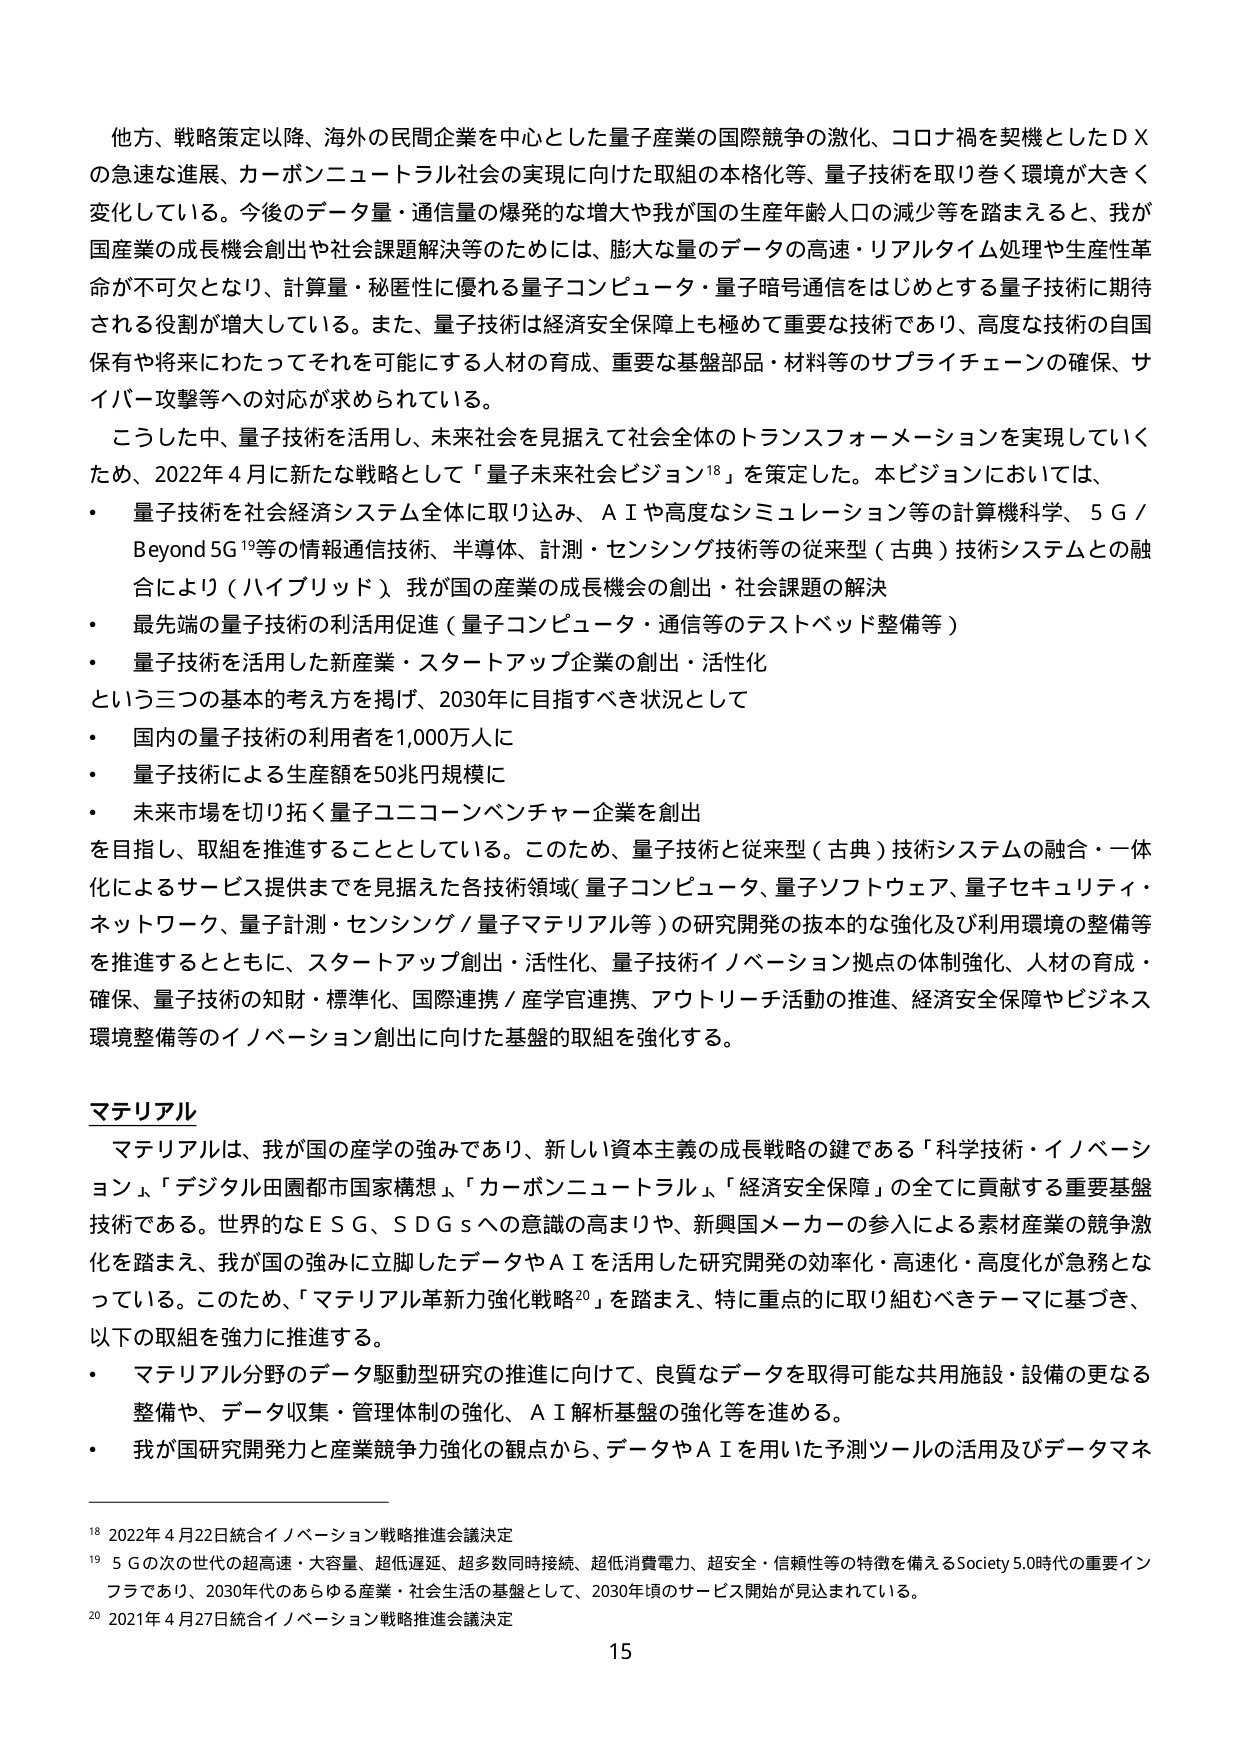
他方、戦略策定以降、海外の民間企業を中心とした量子産業の国際競争の激化、コロナ禍を契機としたＤＸの急速な進展、カーボンニュートラル社会の実現に向けた取組の本格化等、量子技術を取り巻く環境が大きく変化している。今後のデータ量・通信量の爆発的な増大や我が国の生産年齢人口の減少等を踏まえると、我が国産業の成長機会創出や社会課題解決等のためには、膨大な量のデータの高速・リアルタイム処理や生産性革命が不可欠となり、計算量・秘匿性に優れる量子コンピュータ・量子暗号通信をはじめとする量子技術に期待される役割が増大している。また、量子技術は経済安全保障上も極めて重要な技術であり、高度な技術の自国保有や将来にわたってそれを可能にする人材の育成、重要な基盤部品・材料等のサプライチェーンの確保、サイバー攻撃等への対応が求められている。

こうした中、量子技術を活用し、未来社会を見据えて社会全体のトランスフォーメーションを実現していくため、2022年4月に新たな戦略として「量子未来社会ビジョン¹⁸」を策定した。本ビジョンにおいては、
・　量子技術を社会経済システム全体に取り込み、ＡＩや高度なシミュレーション等の計算機科学、５Ｇ／Beyond 5G¹⁹等の情報通信技術、半導体、計測・センシング技術等の従来型（古典）技術システムとの融合により（ハイブリッド）、我が国の産業の成長機会の創出・社会課題の解決
・　最先端の量子技術の利活用促進（量子コンピュータ・通信等のテストベッド整備等）
・　量子技術を活用した新産業・スタートアップ企業の創出・活性化
という三つの基本的考え方を掲げ、2030年に目指すべき状況として
・　国内の量子技術の利用者を1,000万人に
・　量子技術による生産額を50兆円規模に
・　未来市場を切り拓く量子ユニコーンベンチャー企業を創出
を目指し、取組を推進することとしている。このため、量子技術と従来型（古典）技術システムの融合・一体化によるサービス提供までを見据えた各技術領域（量子コンピュータ、量子ソフトウェア、量子セキュリティ・ネットワーク、量子計測・センシング／量子マテリアル等）の研究開発の抜本的な強化及び利用環境の整備等を推進するとともに、スタートアップ創出・活性化、量子技術イノベーション拠点の体制強化、人材の育成・確保、量子技術の知財・標準化、国際連携／産学官連携、アウトリーチ活動の推進、経済安全保障やビジネス環境整備等のイノベーション創出に向けた基盤的取組を強化する。

マテリアル
マテリアルは、我が国の産学の強みであり、新しい資本主義の成長戦略の鍵である「科学技術・イノベーション」、「デジタル田園都市国家構想」、「カーボンニュートラル」、「経済安全保障」の全てに貢献する重要基盤技術である。世界的なＥＳＧ、ＳＤＧｓへの意識の高まりや、新興国メーカーの参入による素材産業の競争激化を踏まえ、我が国の強みに立脚したデータやＡＩを活用した研究開発の効率化・高速化・高度化が急務となっている。このため、「マテリアル革新力強化戦略²⁰」を踏まえ、特に重点的に取り組むべきテーマに基づき、以下の取組を強力に推進する。
・　マテリアル分野のデータ駆動型研究の推進に向けて、良質なデータを取得可能な共用施設・設備の更なる整備や、データ収集・管理体制の強化、ＡＩ解析基盤の強化等を進める。
・　我が国研究開発力と産業競争力強化の観点から、データやＡＩを用いた予測ツールの活用及びデータマネ

¹⁸ 2022年4月22日統合イノベーション戦略推進会議決定
¹⁹ 5Ｇの次の世代の超高速・大容量、超低遅延、超多数同時接続、超低消費電力、超安全・信頼性等の特徴を備えるSociety 5.0時代の重要インフラであり、2030年代のあらゆる産業・社会生活の基盤として、2030年頃のサービス開始が見込まれている。
²⁰ 2021年4月27日統合イノベーション戦略推進会議決定

15